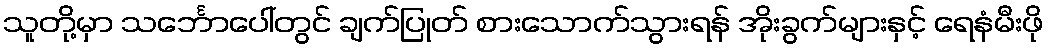
သူတို့မှာ သင်္ဘောပေါ်တွင် ချက်ပြုတ် စားသောက်သွားရန် အိုးခွက်များနှင့် ရေနံမီးဖို